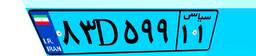
۸۳D۵۹۹۱۱